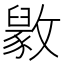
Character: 𫿘